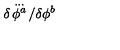
\delta \! \stackrel { { \ldots } } { \phi ^ { a } } \! / \delta \phi ^ { b }